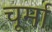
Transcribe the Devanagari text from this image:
चूर्मा